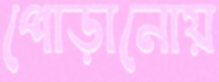
পোড়ানোয়